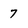
Character: 7